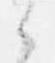
候